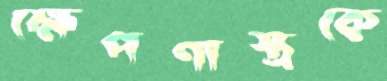
ক্ষেপণাস্ত্রকে